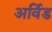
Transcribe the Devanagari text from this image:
अर्विड